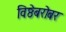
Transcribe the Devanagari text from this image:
विष्ठेबरोबर